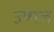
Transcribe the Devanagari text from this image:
उष्मज